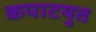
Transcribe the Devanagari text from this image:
कपाटयुत